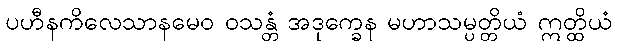
ပဟီနကိလေသာနမေဝ ဝသန္တံ အဒုက္ခေန မဟာသမ္ပတ္တိယံ ဣတ္ထိယံ